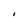
Character: l